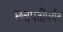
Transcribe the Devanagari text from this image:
छत्रपतींपर्यंत